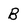
Character: B